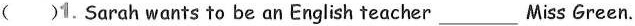
( )1.Sarah wants to be an English teacher___Miss Green.